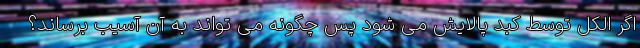
اگر الکل توسط کبد پالایش می شود پس چگونه می تواند به آن آسیب برساند؟